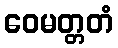
ဝေမတ္တတံ